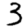
Digit: 3